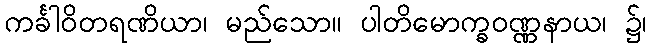
ကင်္ခါဝိတရဏိယာ၊ မည်သော။ ပါတိမောက္ခဝဏ္ဏနာယ၊ ၌၊